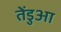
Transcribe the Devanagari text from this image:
तेंडुआ